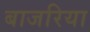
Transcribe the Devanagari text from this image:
बाजरिया